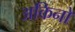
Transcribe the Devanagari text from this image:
अकिनो